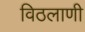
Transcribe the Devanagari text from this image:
विठलाणी